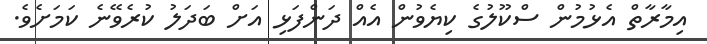
އިމާރާތް އެޅުމުން ސްކޫލުގެ ކިޔެވުން އެއް ދަންފަޅި އަށް ބަދަލު ކުރެވޭނެ ކަމަށެވެ.